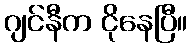
ဂျင်နီက ငိုနေပြီ။